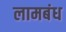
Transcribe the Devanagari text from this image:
लामबंध